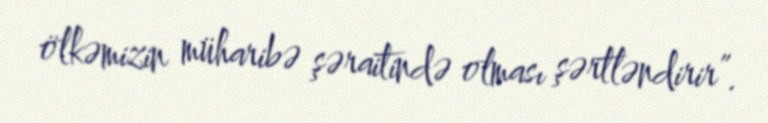
ölkəmizin müharibə şəraitində olması şərtləndirir”.